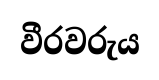
වීරවරුය